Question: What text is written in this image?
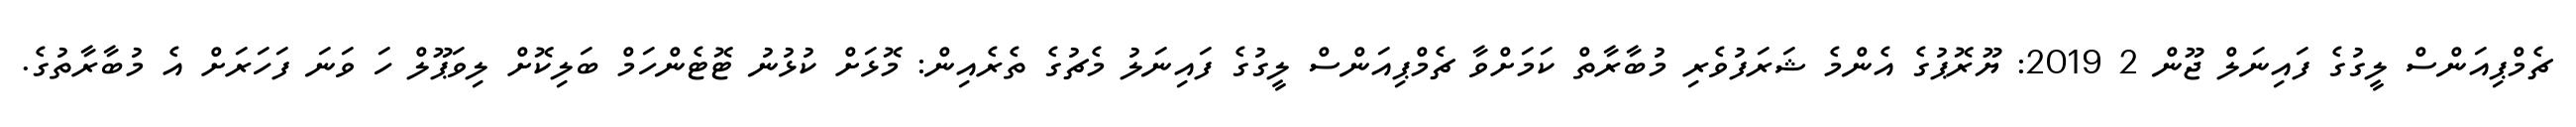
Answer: ޗެމްޕިއަންސް ލީގުގެ ފައިނަލް ޖޫން 2 2019: ޔޫރޮޕުގެ އެންމެ ޝަރަފުވެރި މުބާރާތް ކަމަށްވާ ޗެމްޕިއަންސް ލީގުގެ ފައިނަލު މެޗުގެ ތެރެއިން: މޮޅަށް ކުޅުނު ޓޮޓެންހަމް ބަލިކޮށް ލިވަޕޫލް ހަ ވަނަ ފަހަރަށް އެ މުބާރާތުގެ.